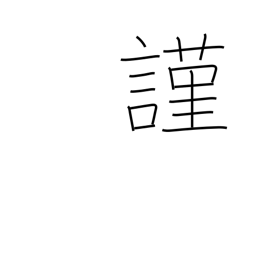
Meaning: humbly